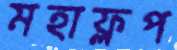
মহাফ্লপ